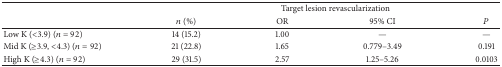
<table><thead><tr><td rowspan="2">[EMPTY_CELL]</td><td colspan="4"><b>Target lesion revascularization</b></td></tr><tr><td><b><i>n</i> (%)</b></td><td><b>OR</b></td><td><b>95% CI</b></td><td><b><i>P</i></b></td></tr></thead><tbody><tr><td>Low K (&lt;3.9) (<i>n</i> = 92)</td><td>14 (15.2)</td><td>1.00</td><td>—</td><td>—</td></tr><tr><td>Mid K (≥3.9, &lt;4.3) (<i>n</i> = 92)</td><td>21 (22.8)</td><td>1.65</td><td>0.779–3.49</td><td>0.191</td></tr><tr><td>High K (≥4.3) (<i>n</i> = 92)</td><td>29 (31.5)</td><td>2.57</td><td>1.25–5.26</td><td>0.0103</td></tr></tbody></table>